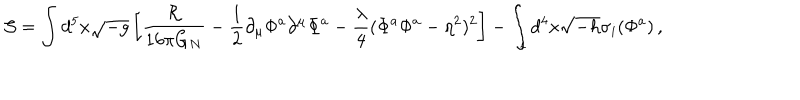
LaTeX: { \cal S } = \int d ^ { 5 } x \sqrt { - g } \left[ { \frac { \cal R } { 1 6 \pi G _ { N } } } - { \frac { 1 } { 2 } } \partial _ { \mu } \Phi ^ { a } \partial ^ { \mu } \Phi ^ { a } - { \frac { \lambda } { 4 } } ( \Phi ^ { a } \Phi ^ { a } - \eta ^ { 2 } ) ^ { 2 } \right] - \int _ { i } d ^ { 4 } x \sqrt { - h } \sigma _ { i } ( \Phi ^ { a } ) \, ,